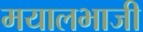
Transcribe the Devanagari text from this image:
मयालभाजी